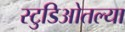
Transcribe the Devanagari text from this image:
स्टुडिओतल्या